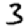
Digit: 3